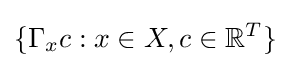
\{\Gamma _{x}c:x\in X,c\in \mathbb {R} ^{T}\}